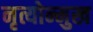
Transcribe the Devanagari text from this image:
नृत्योन्मुख